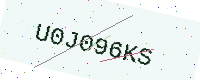
Text: U0J096KS